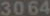
3064